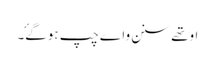
اوتھے سنن واے چپ ہوگۓ۔